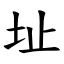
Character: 址